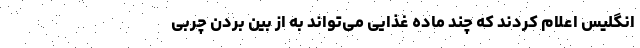
انگلیس اعلام کردند که چند ماده غذایی می‌تواند به از بین بردن چربی